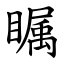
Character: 瞩